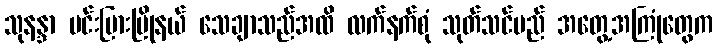
သုနန္ဒာ မင်းပြားမြိုနယ် သေချာသည်အထိ လက်နက်စုံ သုတ်သင်မည် အတွေ့အကြုံတွေက